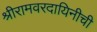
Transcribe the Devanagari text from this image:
श्रीरामवरदायिनीची